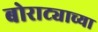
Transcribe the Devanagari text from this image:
बोराट्याच्या